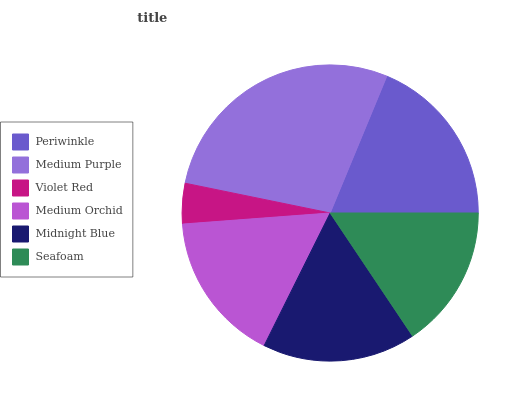
| Periwinkle | Medium Purple | Violet Red | Medium Orchid | Midnight Blue | Seafoam |
 | --- | --- | --- | --- | --- | --- |
 | 18.8% | 28% | 4.41% | 16.4% | 16.7% | 15.6% |